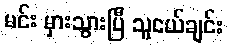
မင်း မှားသွားပြီ သူငယ်ချင်း